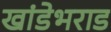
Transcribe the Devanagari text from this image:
खांडेभराड